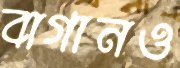
বাগানও